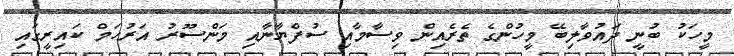
މީހަކު ބުނީ ދައުވާލިބޭ މީހުންގެ ތެރެއިން ވިސާމާއި ސުފްޔާނާއި މަންސޫރު އަރުހަމް ކައިރީގައި